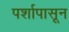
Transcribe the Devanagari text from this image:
पर्शापासून